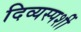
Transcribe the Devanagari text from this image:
दिव्यस्पर्शी